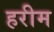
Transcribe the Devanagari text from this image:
हरीम